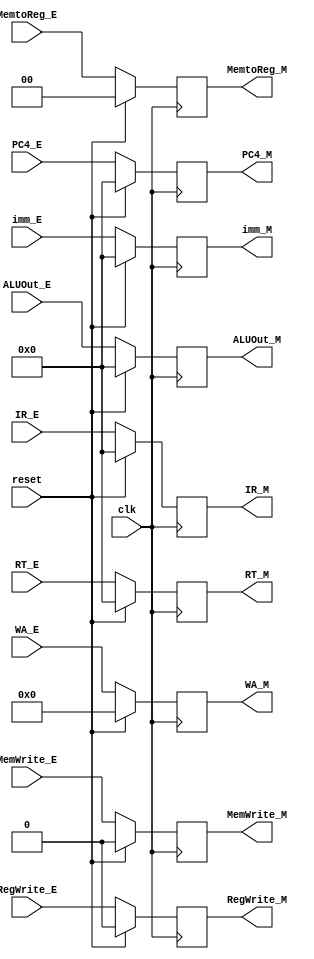
`timescale 1ns / 1ps
//////////////////////////////////////////////////////////////////////////////////
module M_pipe_reg(
    input clk,
    input reset,
    input [31:0] PC4_E,
	 input [31:0] IR_E,
    input [31:0] RT_E,
	 input [31:0] ALUOut_E,
	 input [31:0] imm_E,
	 input [4:0] WA_E,
	 
	 input MemWrite_E,
	 input RegWrite_E,
	 input [1:0] MemtoReg_E,
	 
	 output reg [31:0] PC4_M,
	 output reg [31:0] IR_M,
	 output reg [31:0] RT_M,
	 output reg [31:0] ALUOut_M,
	 output reg [31:0] imm_M,
	 output reg [4:0] WA_M,
	 
	 output reg MemWrite_M,
	 output reg RegWrite_M,
	 output reg [1:0] MemtoReg_M
    );
	 
	 initial
	 begin
			 PC4_M=32'h00003000;
			 IR_M=0;
			 RT_M=0;
			 ALUOut_M=0;
			 imm_M=0;
			 WA_M=0;
			 
			 MemWrite_M=0;
	       RegWrite_M=0;
	       MemtoReg_M=0;
		 end
	 
	 always @(posedge clk)
	 begin
	    if(reset==1)
		 begin
			 PC4_M=0;
			 IR_M=0;
			 RT_M=0;
			 ALUOut_M=0;
			 imm_M=0;
			 WA_M=0;
			 
			 MemWrite_M=0;
	       RegWrite_M=0;
	       MemtoReg_M=0;
		 end
		 
		 else
		 begin
			 PC4_M=PC4_E;
			 IR_M=IR_E;
			 RT_M=RT_E;
			 ALUOut_M=ALUOut_E;
			 imm_M=imm_E;
			 WA_M=WA_E;
			 
			 MemWrite_M=MemWrite_E;
	       RegWrite_M=RegWrite_E;
	       MemtoReg_M=MemtoReg_E;
		 end
	 end

endmodule